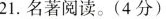
21.名著阅读。(4分)